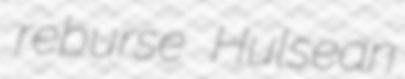
reburse Hulsean